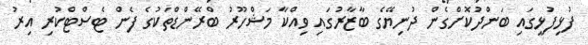
ފުޅިފުޅީގައި ބަންދުކޮށްގެން ދުނިޔޭގެ ބާޒާރުގައި ވިއްކާ މަޝްހޫރު ބްރޭންޑްތަކުގެ ފެން ޓެސްޓްކުރި އިރު